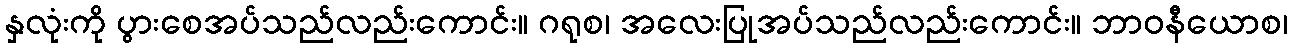
နှလုံးကို ပွားစေအပ်သည်လည်းကောင်း။ ဂရုစ၊ အလေးပြုအပ်သည်လည်းကောင်း။ ဘာဝနီယောစ၊